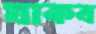
যাকব